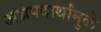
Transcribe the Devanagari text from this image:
अन्नपदार्थांमुळे